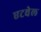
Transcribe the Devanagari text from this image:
एटवेल